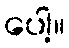
ပေါ့။